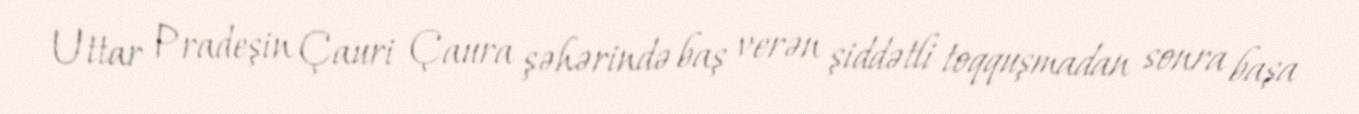
Uttar Pradeşin Çauri Çaura şəhərində baş verən şiddətli toqquşmadan sonra başa